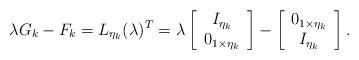
LaTeX: \begin{align*} \lambda G_k - F_k = L_{\eta_k}(\lambda)^T = \lambda \left[\begin{array}{c} I_{\eta_k} \\ 0_{1\times \eta_k} \end{array}\right] - \left[\begin{array}{c} 0_{1\times \eta_k} \\ I_{\eta_k} \end{array}\right].\end{align*}